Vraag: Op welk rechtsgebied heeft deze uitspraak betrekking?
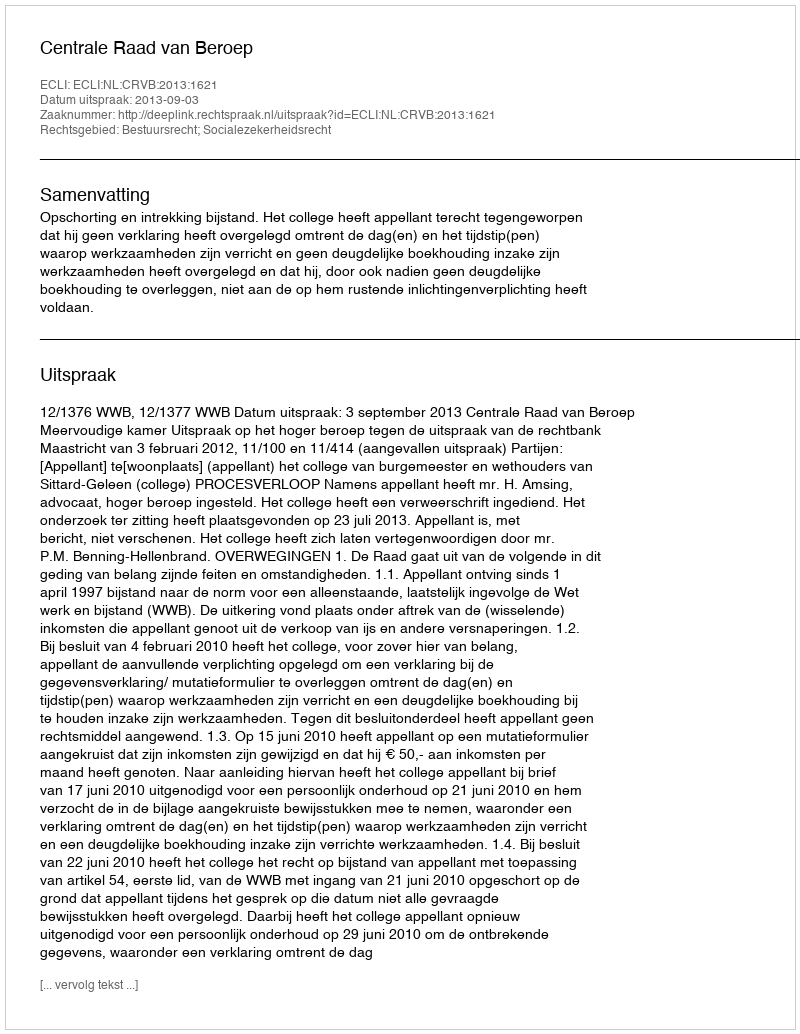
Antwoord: Bestuursrecht; Socialezekerheidsrecht